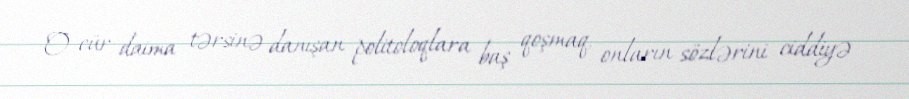
O cür daima tərsinə danışan politoloqlara baş qoşmaq, onların sözlərini ciddiyə